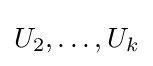
U_{2},\ldots ,U_{k}